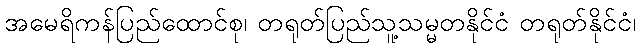
အမေရိကန်ပြည်ထောင်စု၊ တရုတ်ပြည်သူ့သမ္မတနိုင်ငံ တရုတ်နိုင်ငံ၊